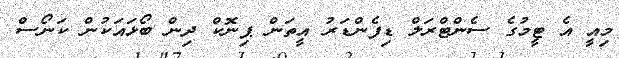
މިއީ އެ ޓީމުގެ ސެންޓްރަލް ޑިފެންޑަރު އީތަން ޕިނޮކް ދިން ބޯޅައަކުން ކަނޯސް